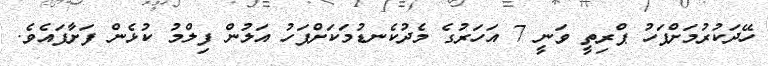
ހޭދަކުރުމަށްފަހު ޕްރިތީ ވަނީ 7 އަހަރުގެ މެދުކެނޑުމަކަށްފަހު އަލުން ފިލްމު ކުޅެން ފަށާފައެވެ.